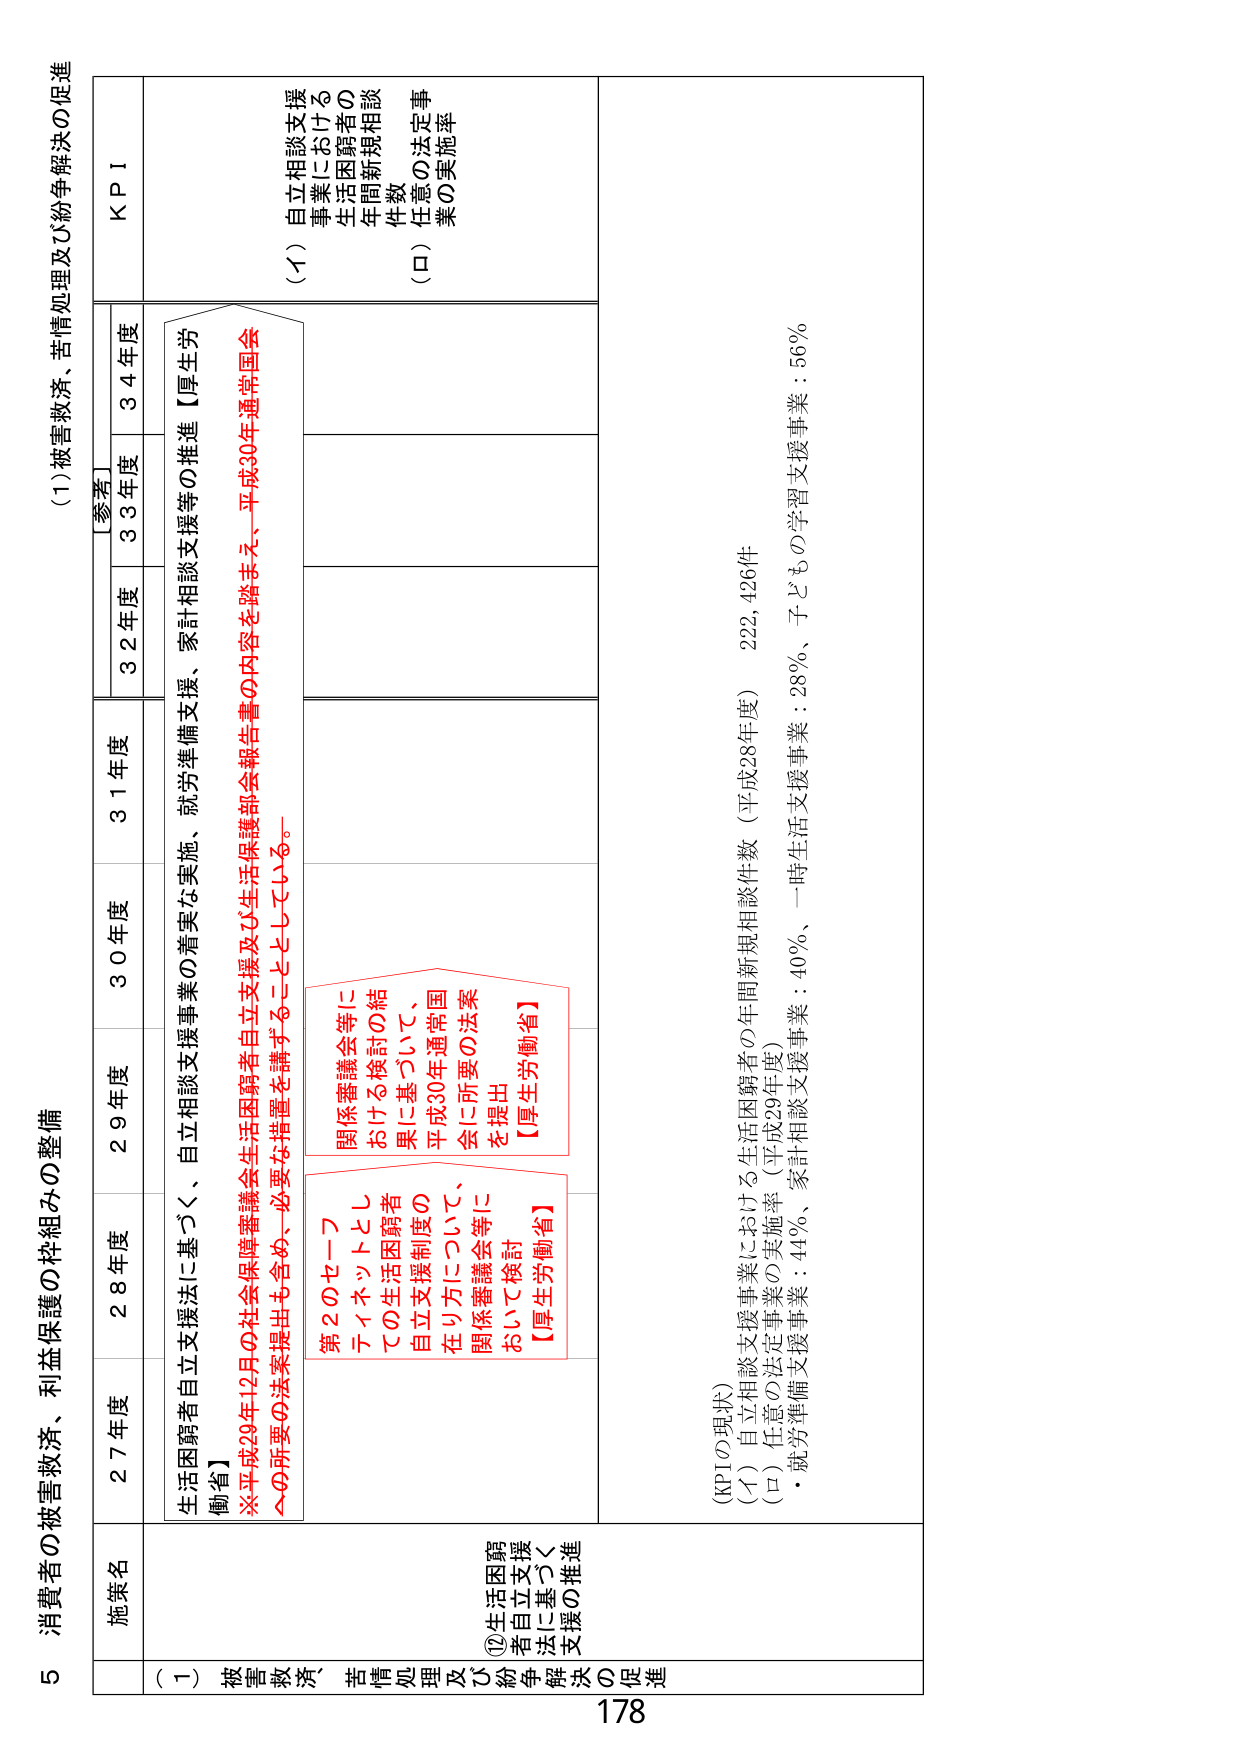
5 消費者の被害救済、利益保護の枠組みの整備

(1) 被害救済、苦情処理及び紛争解決の促進

施策名
27年度
28年度
29年度
30年度
31年度
[参考]
32年度
33年度
34年度
KPI

(Ⅰ) 被害救済、苦情処理及び紛争解決の促進
②生活困窮者自立支援法に基づく支援の推進

生活困窮者自立支援法に基づく、自立相談支援事業の着実な実施、就労準備支援、家計相談支援等の推進【厚生労働省】
※平成29年12月の社会保障審議会生活困窮者自立支援及び生活保護部会報告書の内容を踏まえ、平成30年通常国会への所要の法案提出も含め、必要な措置を講ずることとしている。

第2のセーフティネットとしての生活困窮者自立支援制度の在り方について、関係審議会等において検討【厚生労働省】
関係審議会等における検討の結果に基づいて、平成30年通常国会に所要の法案を提出【厚生労働省】

(KPIの現状)
(イ) 自立相談支援事業における生活困窮者の年間新規相談件数（平成28年度） 222,426件
(ロ) 任意の法定事業（平成29年度）
・就労準備支援事業：44％、家計相談支援事業：40％、一時生活支援事業：28％、子どもの学習支援事業：56％

(イ) 自立相談支援事業における生活困窮者の年間新規相談件数
(ロ) 任意の法定事業の実施率

178